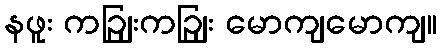
နဖူး ကဉျြးကဉျြး မောကျမောကျ။